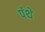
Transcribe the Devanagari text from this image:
पंथे